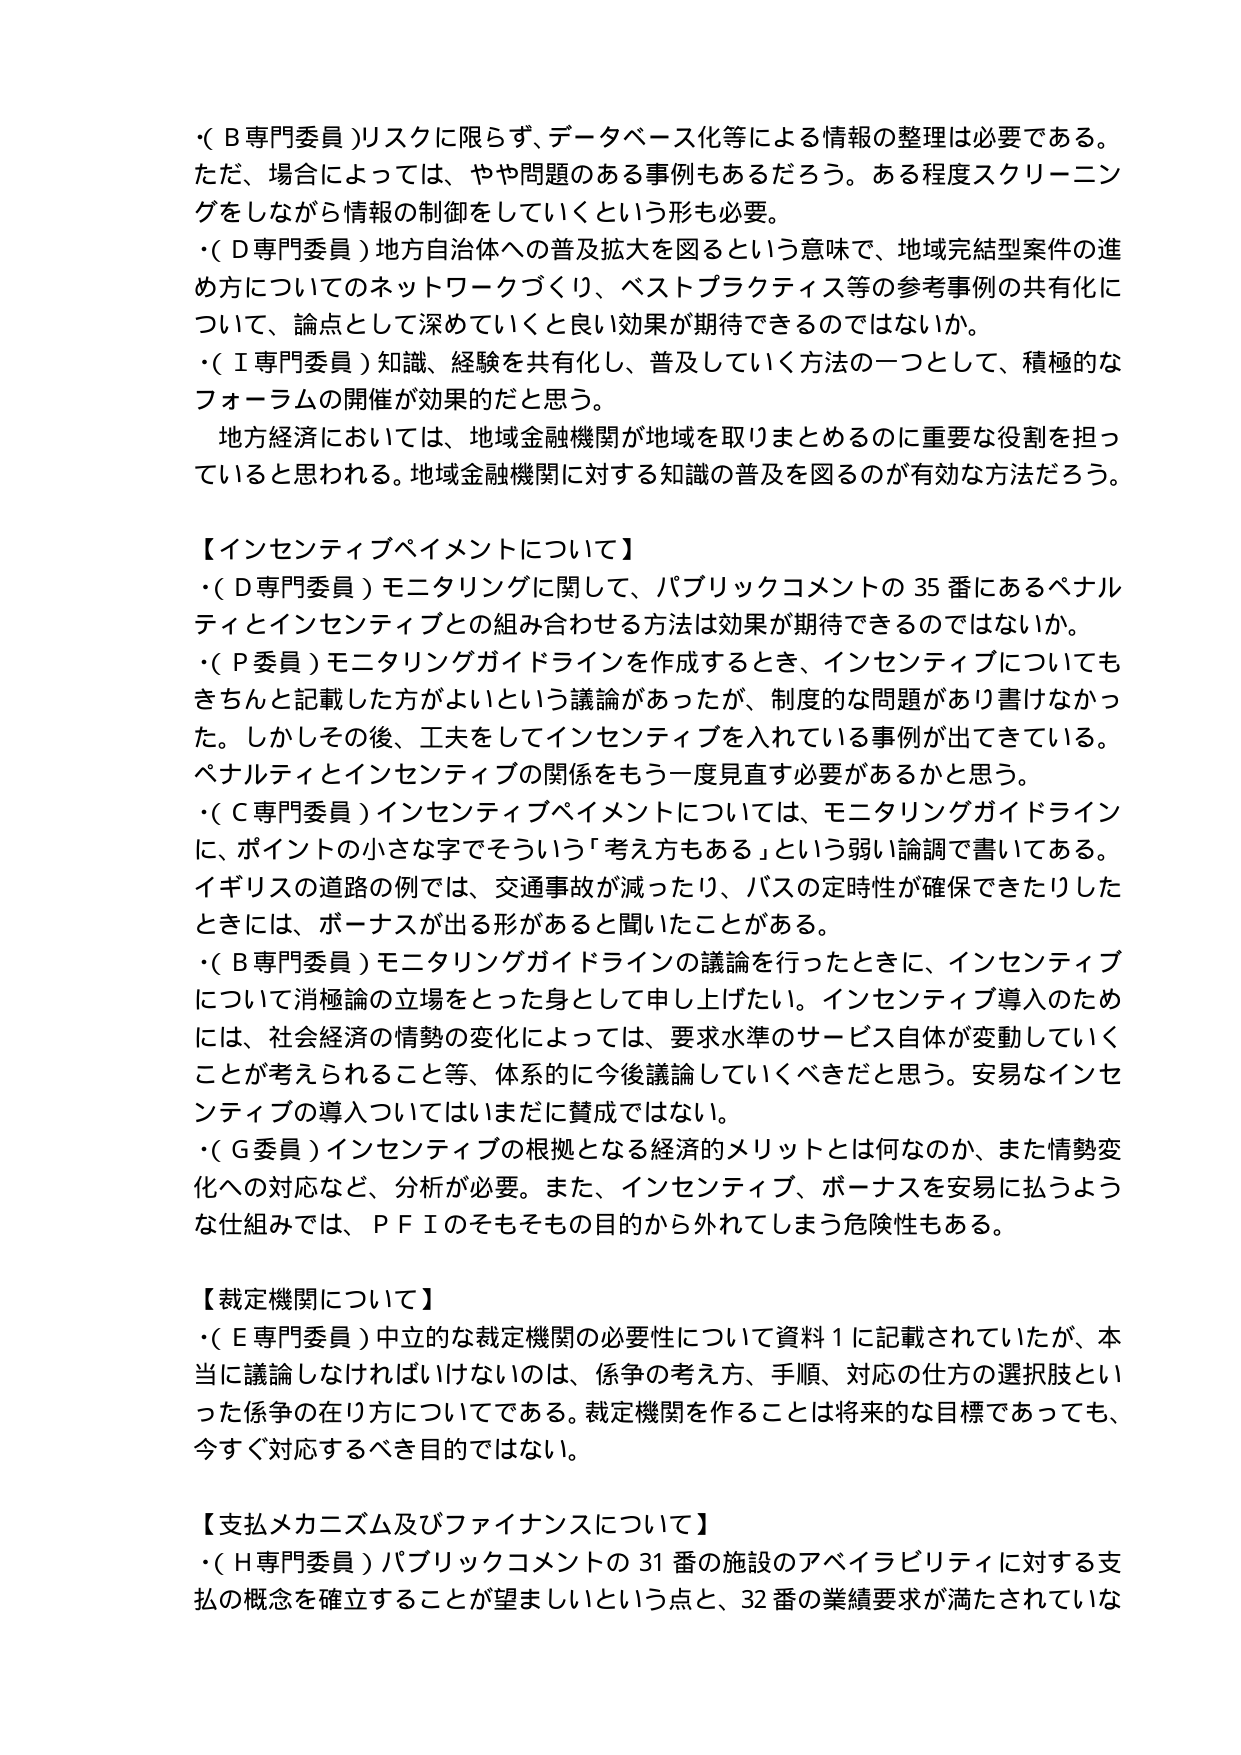
・( B専門委員 )リスクに限らず、データベース化等による情報の整理は必要である。ただ、場合によっては、やや問題のある事例もあるだろう。ある程度スクリーニングをしながら情報の制御をしていくという形も必要。
・( D専門委員 )地方自治体への普及拡大を図るという意味で、地域完結型案件の進め方についてのネットワークづくり、ベストプラクティス等の参考事例の共有化について、論点として深めていくと良い効果が期待できるのではないか。
・( I専門委員 )知識、経験を共有化し、普及していく方法の一つとして、積極的なフォーラムの開催が効果的だと思う。
地方経済においては、地域金融機関が地域を取りまとめるのに重要な役割を担っていると思われる。地域金融機関に対する知識の普及を図るのが有効な方法だろう。

【インセンティブペイメントについて】
・( D専門委員 )モニタリングに関して、パブリックコメントの35番にあるペナルティとインセンティブとの組み合わせる方法は効果が期待できるのではないか。
・( P委員 )モニタリングガイドラインを作成するとき、インセンティブについてもきちんと記載した方がよいという議論があったが、制度的な問題があり書けなかった。しかしその後、工夫をしてインセンティブを入れている事例が出てきている。ペナルティとインセンティブの関係をもう一度見直す必要があるかと思う。
・( C専門委員 )インセンティブペイメントについては、モニタリングガイドラインに、ポイントの小さな字でそういう「考え方もある」という弱い論調で書いてある。イギリスの道路の例では、交通事故が減ったり、バスの定時性が確保できたりしたときには、ボーナスが出る形があると聞いたことがある。
・( B専門委員 )モニタリングガイドラインの議論を行ったときに、インセンティブについて消極論の立場をとった身として申し上げたい。インセンティブ導入のためには、社会経済の情勢の変化によっては、要求水準のサービス自体が変動していくことが考えられること等、体系的に今後議論していくべきだと思う。安易なインセンティブの導入についてはまだに賛成ではない。
・( G委員 )インセンティブの根拠となる経済的メリットとは何なのか、また情勢変化への対応など、分析が必要。また、インセンティブ、ボーナスを安易に払うような仕組みでは、ＰＦＩのそもそも目的から外れてしまう危険性もある。

【裁定機関について】
・( E専門委員 )中立的な裁定機関の必要性について資料1に記載されていたが、本当に議論しなければいけないのは、係争の考え方、手順、対応の仕方の選択肢といった係争の在り方についてである。裁定機関を作ることは将来的な目標であっても、今すぐ対応するべき目的ではない。

【支払メカニズム及びファイナンスについて】
・( H専門委員 )パブリックコメントの31番の施設のアベイラビリティに対する支払の概念を確立することが望ましいという点と、32番の業績要求が満たされていな